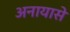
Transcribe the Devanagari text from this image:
अनायासे